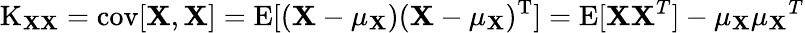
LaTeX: \operatorname{K}_{\mathbf{X}\mathbf{X}}=\operatorname{cov}[\mathbf{X},\mathbf{X}]=\operatorname{E}[(\mathbf{X}-\mathbf{\mu_{X}})(\mathbf{X}-\mathbf{\mu_{X}})^{\mathrm{{T}}}]=\operatorname{E}[\mathbf{X}\mathbf{X}^{T}]-\mathbf{\mu_{X}}\mathbf{\mu_{X}}^{T}